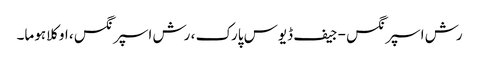
رش اسپرنگس - جیف ڈیوس پارک ، رش اسپرنگس ، اوکلاہوما۔